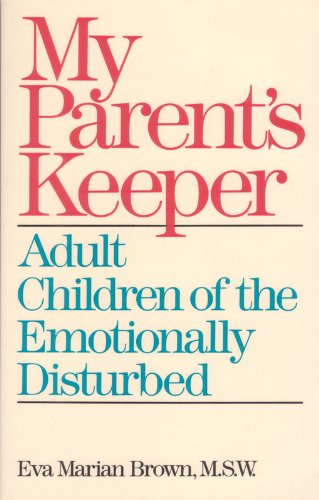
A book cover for My Parent's Keeper: Adult Children of the Emotionally Ill; Eva Brown; Parenting & Relationships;